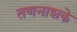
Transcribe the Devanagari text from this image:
तणनाशके